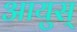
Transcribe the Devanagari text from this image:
आयुस्